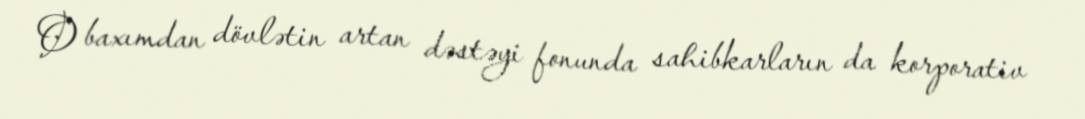
O baxımdan dövlətin artan dəstəyi fonunda sahibkarların da korporativ